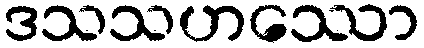
ဒသသဟဿော